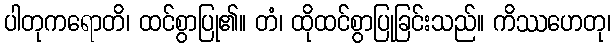
ပါတုကရောတိ၊ ထင်စွာပြု၏။ တံ၊ ထိုထင်စွာပြုခြင်းသည်။ ကိဿဟေတု၊